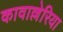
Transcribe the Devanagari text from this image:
कावाल्लेरिया